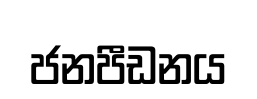
ජනපීඩනය